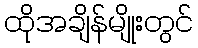
ထိုအချိန်မျိုးတွင်